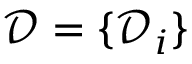
\mathcal { D } = \{ \mathcal { D } _ { i } \}